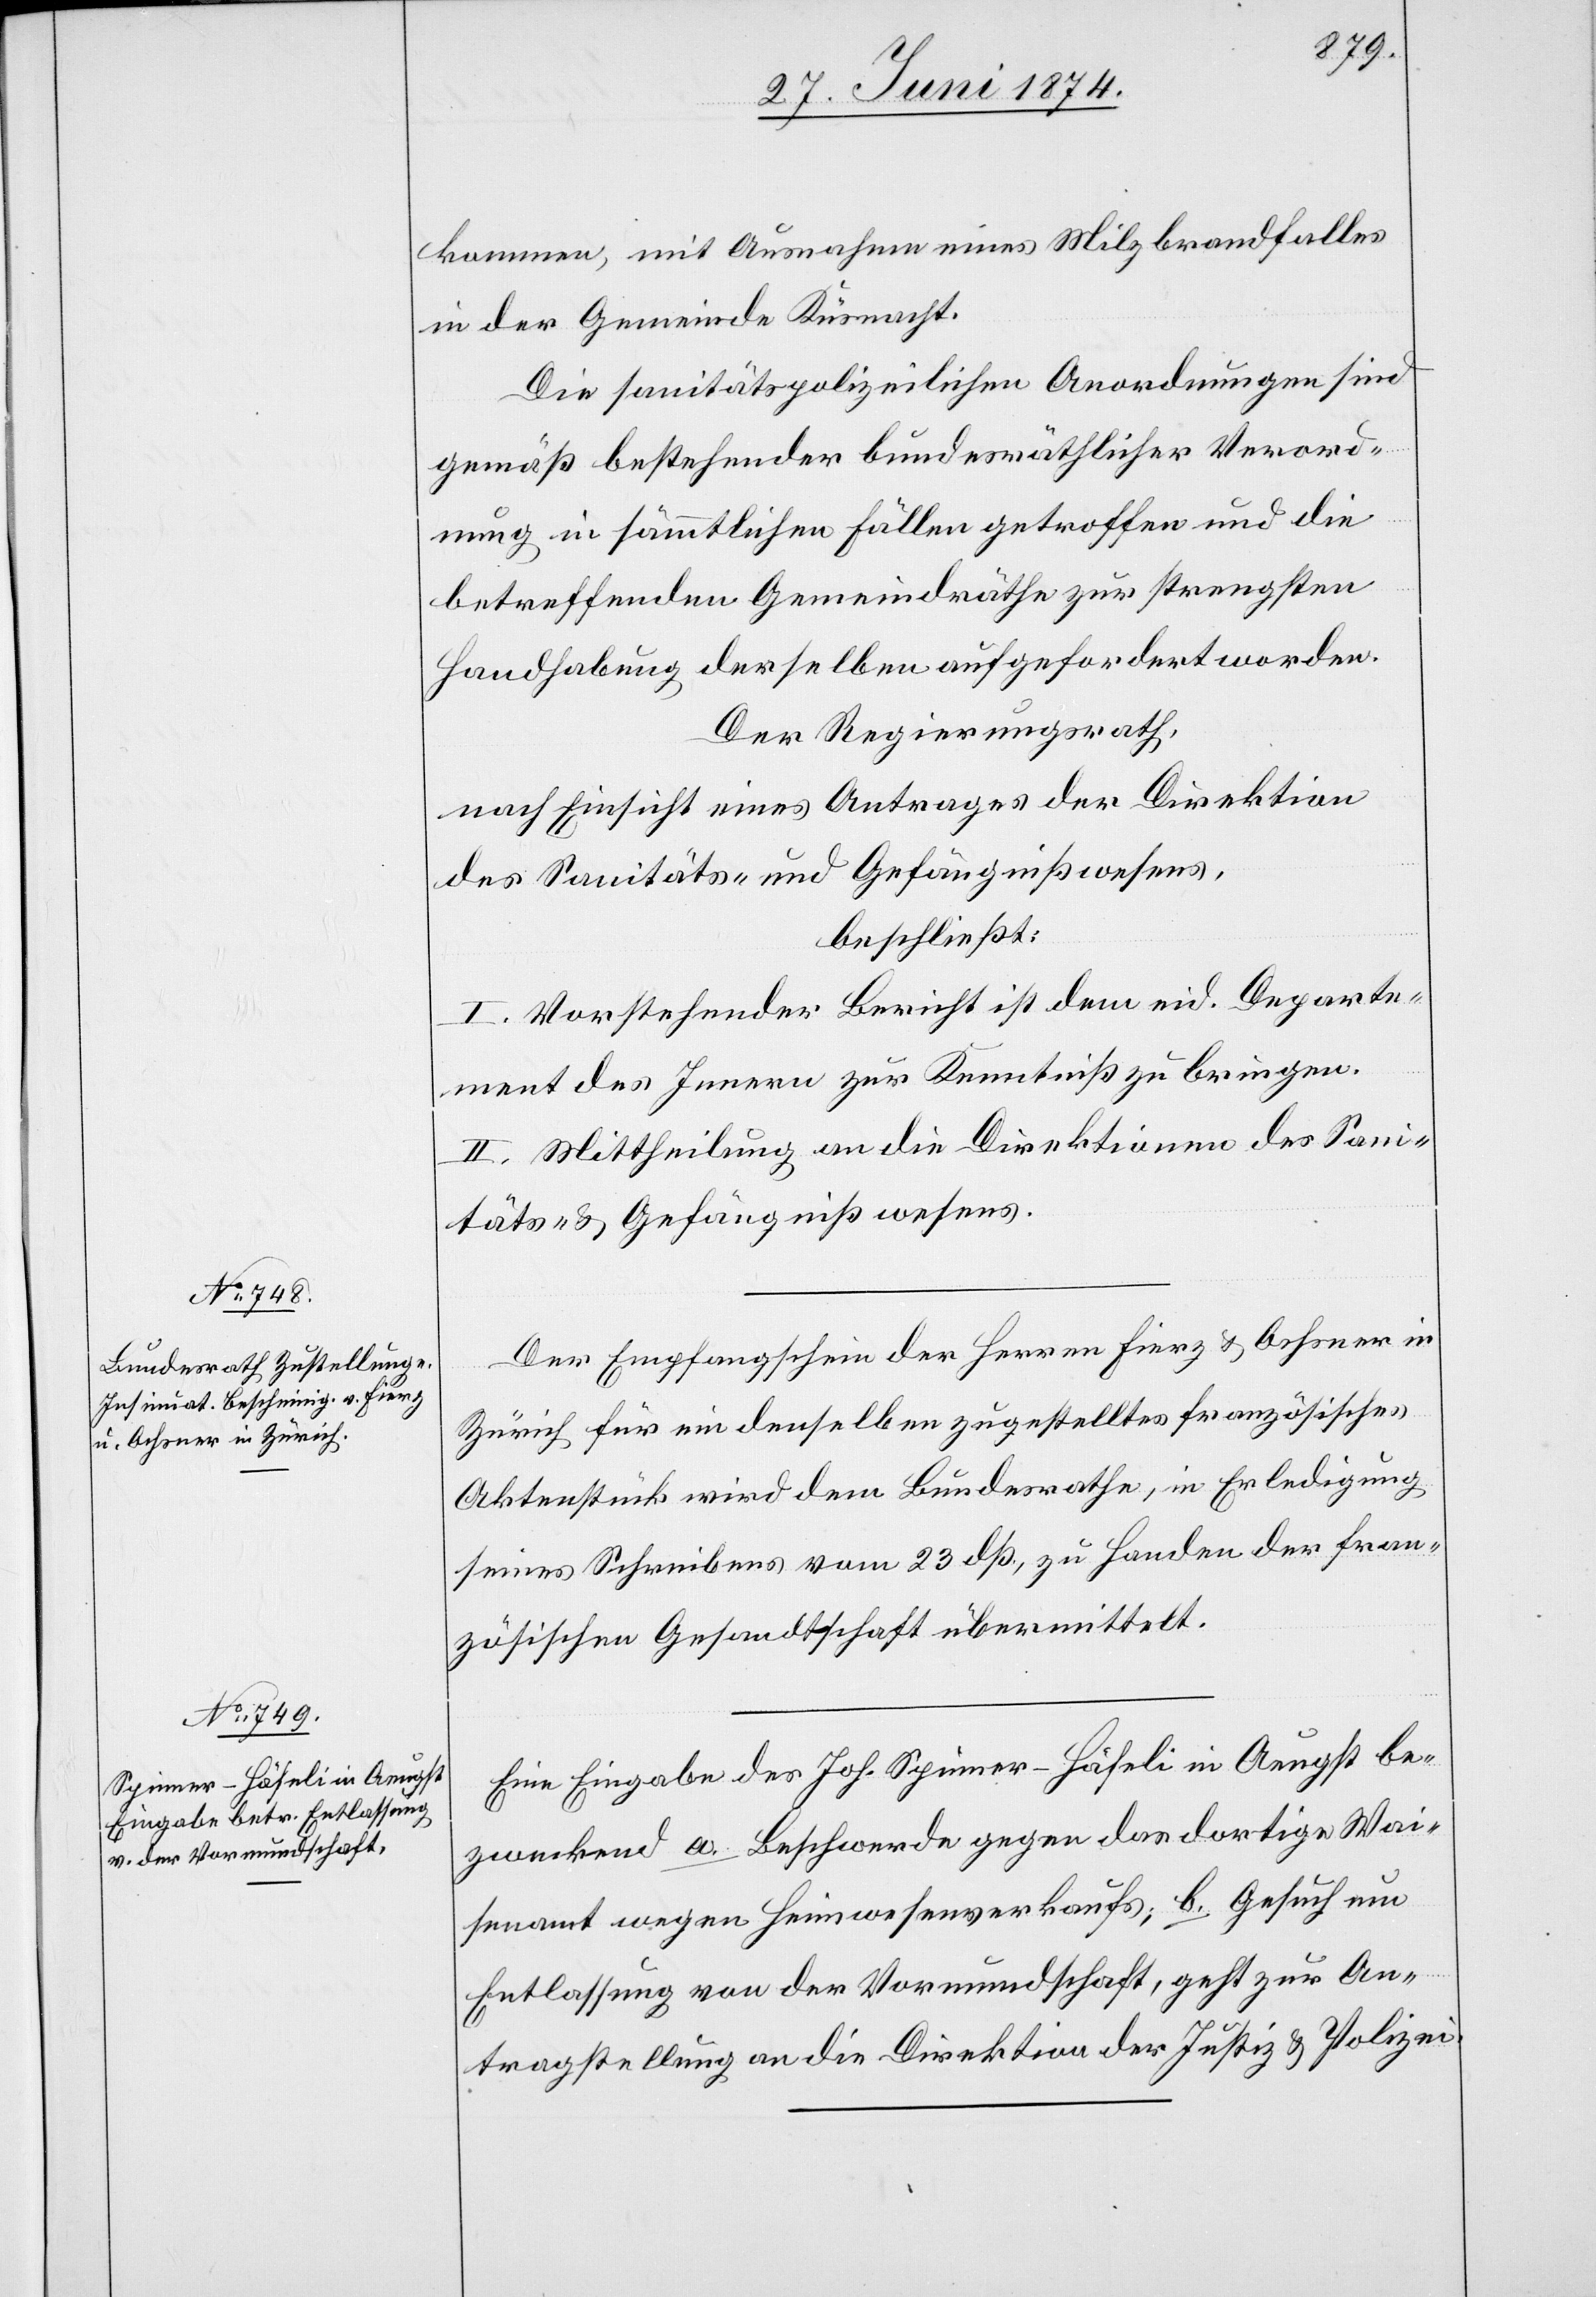
30. Juni 1874.]
kommen, mit Ausnahme eines Milzbrandfalles
in der Gemeinde Küsnacht.
Die sanitätspolizeilichen Anordnungen sind
gemäß bestehender bundesräthlicher Verord¬
nung in sämmtlichen Fällen getroffen und die
betreffenden Gemeindräthe zur strengsten
Handhabung derselben aufgefordert worden.
Der Regierungsrath,
nach Einsicht eines Antrages der Direktion
des Sanitäts- u. Gefängnißwesens,
beschließt:
I. Vorstehender Bericht ist dem eid. Departe¬
ment des Innern zur Kenntniß zu bringen.
II. Mittheilung an die Direktionen des Sani¬
täts- u. Gefängnißwesens.
Der Empfangschein der Herren Fierz u. Ochsner in
Zürich für ein denselben zugestelltes französisches
Aktenstück wird dem Bundesrathe, in Erledigung
seines Schreibens vom 23. dß, zu Handen der fran¬
zösischen Gesandtschaft übermittelt.
Eine Eingabe des Joh. Spinner-Häfeli in Aeugst be¬
zweckend a. Beschwerde gegen das dortige Wai¬
senamt wegen Heimwesensverkaufs; b. Gesuch um
Entlassung von der Vormundschaft, geht zur An¬
tragstellung an die Direktion der Justiz u. Polizei.